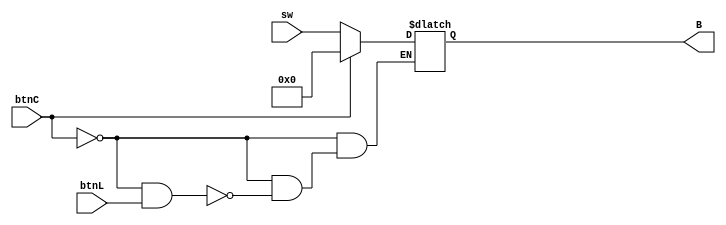
module RegB(
    input [3:0] sw,
    input btnC,
    input btnL,
    output [3:0] B
    );
    
    reg [3:0] W;
    
    assign B = W;
always @(btnC or btnL)
    begin
		if(btnC == 1)
		begin
		W = 4'b0000;
		end
		else if(btnC == 0 && btnL == 1)
		begin
		W = sw;
		end
		if(btnC == 0 && btnL == 0)
		begin	
		W = W;	
		end
	end 
endmodule